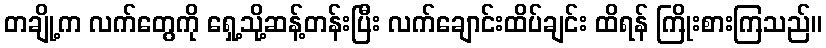
တချို့က လက်တွေကို ရှေ့သို့ဆန့်တန်းပြီး လက်ချောင်းထိပ်ချင်း ထိရန် ကြိုးစားကြသည်။